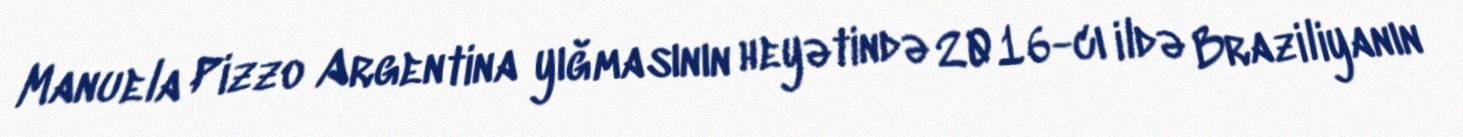
Manuela Pizzo Argentina yığmasının heyətində 2016-cı ildə Braziliyanın